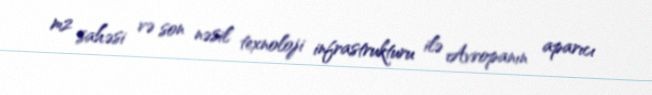
m2 sahəsi və son nəsil texnoloji infrastrukturu ilə Avropanın aparıcı